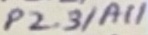
Text: P2.3/A11